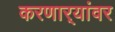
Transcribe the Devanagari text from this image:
करणार्‍यांवर